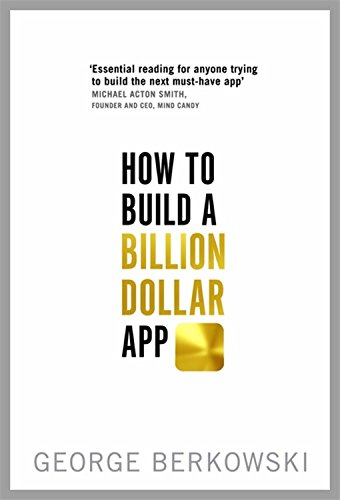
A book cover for How to Build a Billion Dollar App; George Berkowski; Computers & Technology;